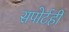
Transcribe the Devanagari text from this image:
सपोर्टही